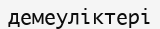
демеуліктері